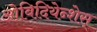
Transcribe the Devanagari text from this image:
ओबिदियेन्शेस्